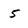
Character: 5